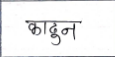
मजकूर: काढून